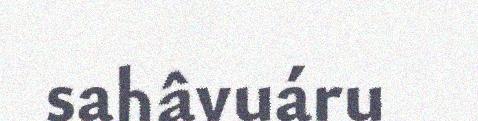
sahâvuáru